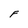
Character: F